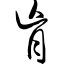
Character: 肓